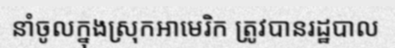
នាំចូលក្នុងស្រុកអាមេរិក ត្រូវបានរដ្ឋបាល